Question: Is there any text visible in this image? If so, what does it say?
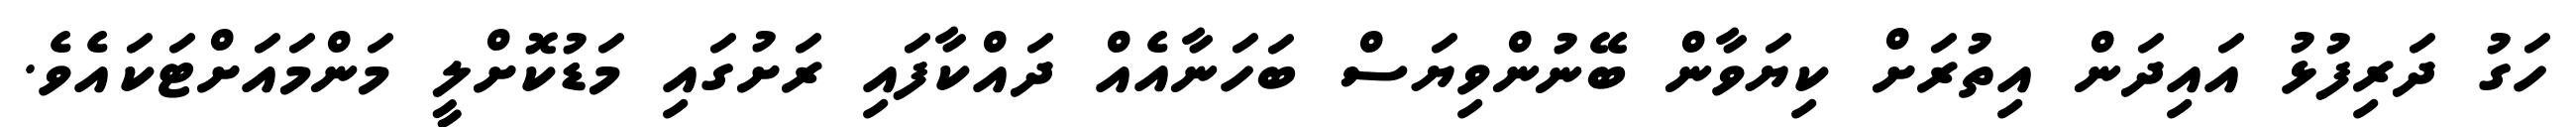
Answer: ހަގު ދަރިފުޅު އައިދަން އިތުރަށް ކިޔަވާން ބޭނުންވިޔަސް ބަހަނާއެއް ދައްކާފައި ރަށުގައި މަޑުކޮށްލީ މަންމައަށްޓަކައެވެ.